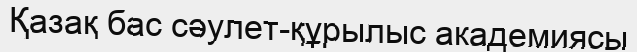
Қазақ бас сәулет-құрылыс академиясы